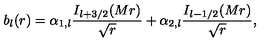
b _ { l } ( r ) = \alpha _ { 1 , l } { \frac { I _ { l + 3 / 2 } ( M r ) } { \sqrt { r } } } + \alpha _ { 2 , l } { \frac { I _ { l - 1 / 2 } ( M r ) } { \sqrt { r } } } ,